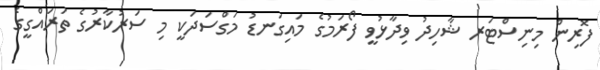
ފޮރިން މިނިސްޓަރ ޝާހިދު ވިދާޅުވީ ފޯރަމުގެ މައިގަނޑު މަގްސަދަކީ މި ސަރުކާރުގެ ތަރައްގީގެ